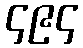
၄၉၄